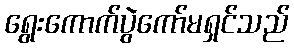
ရွေးကောက်ပွဲကော်မရှင်သည်